Lunatic asylums Madras 1892-1911 - 1892-1911
Year: 1892
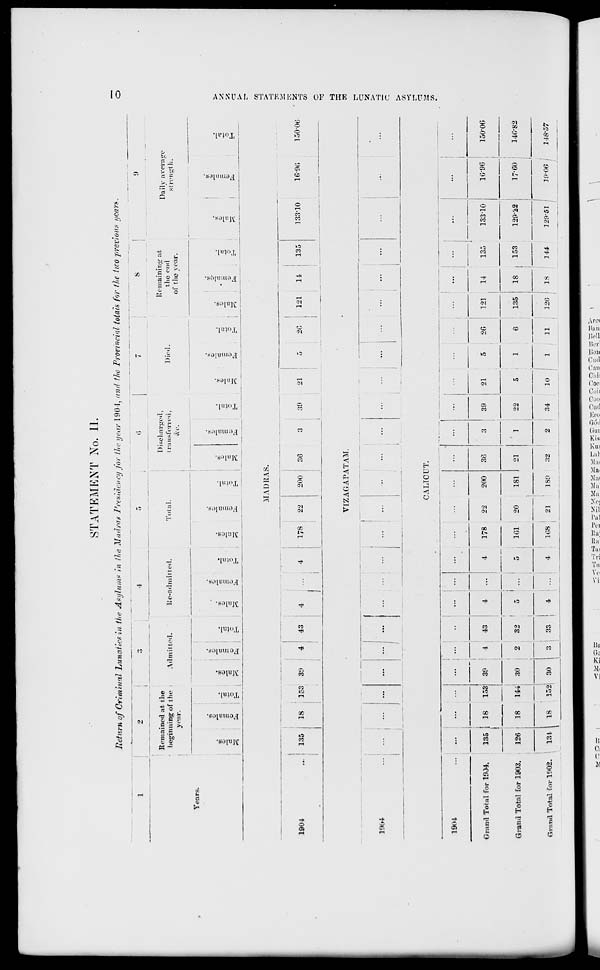
STATEMENT No. II.
Return of Crim't Hal Lunatics in the Asylums in the Madras Presidency for the year 190-1, and tho Provincial totals for the two previous years.
T
~ s
7'
Remained at the
beginning of the
Admitted.
year.
lie-admitted.
Total.
Discharged,
transferred,
&c.
Died.
Remaining at
the end
of the year.
Daily average
strength.
Years.
m
O
te
a
n:
=
n.
"3
£
a
cst
o
a
~z
|
3
u* i H
r-i
. fe :
r^c
r - 1
03
o
£
g
CO
&
EC
a
i)
GJ
r-<
P*
I
a.
0>
MADRAS.
en
1004
135 , 18
153 3!>
4
43
4
4 |' 178
22
200 ! 36
13i
133-10
16*96
15006
c
VIZAGAPATAM.
i-3
33
1004
V
c:
■>
CO
1004
Grand Total for 1904,
135 i 18
153
Brand Total for l'.»02.
131
30
4
43
4
Stand Total for 1903.
126 ■ ■ 18
144 30
2
32
5
CALTCCT.
I
178
22
5
1G1
20
...
...
200
36
181
21
1
22
5
...
...
i
...
...
i
39
21
5
20
121
14
135
13310
1G-96
150-06
6
135
4
168
21
1S9
32
2
34
10
1
11
220
18
144
12f>-51 j
1906 j
148*57
IS | 153
129-22
17-G0
140-82
v.